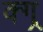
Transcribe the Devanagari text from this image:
क्ग्र्